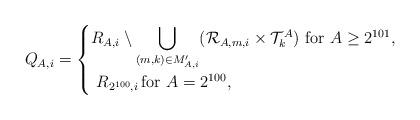
LaTeX: \begin{align*}Q_{A,i} =\begin{cases}R_{A,i} \setminus {\displaystyle \bigcup_{(m,k) \in {M}_{A,i}'}} (\mathcal{R}_{A,m,i} \times\mathcal{T}_{k}^A) \ \textnormal{for} \ A \geq 2^{101},\\ \ R_{2^{100},i} \, \textnormal{for} \ A = 2^{100},\end{cases}\end{align*}